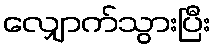
လျှောက်သွားပြီး